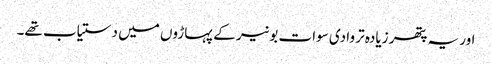
اور یہ پتھر زیادہ تر وادی سوات بونیر کے پہاڑوں میں دستیاب تھے۔